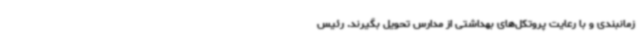
زمانبندی و با رعایت پروتکل‌های بهداشتی از مدارس تحویل بگیرند. رئیس